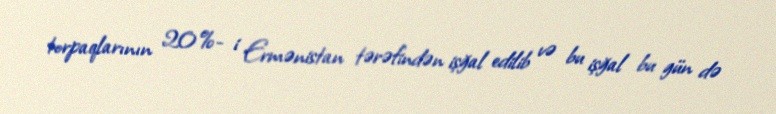
torpaqlarının 20%- i Ermənistan tərəfindən işğal edilib və bu işğal bu gün də